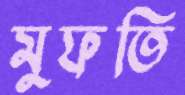
মুফতি